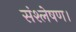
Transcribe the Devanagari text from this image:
संश्लेषण।